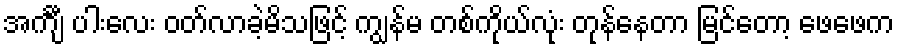
အင်္ကျီ ပါးလေး ဝတ်လာခဲ့မိသဖြင့် ကျွန်မ တစ်ကိုယ်လုံး တုန်နေတာ မြင်တော့ ဖေဖေက